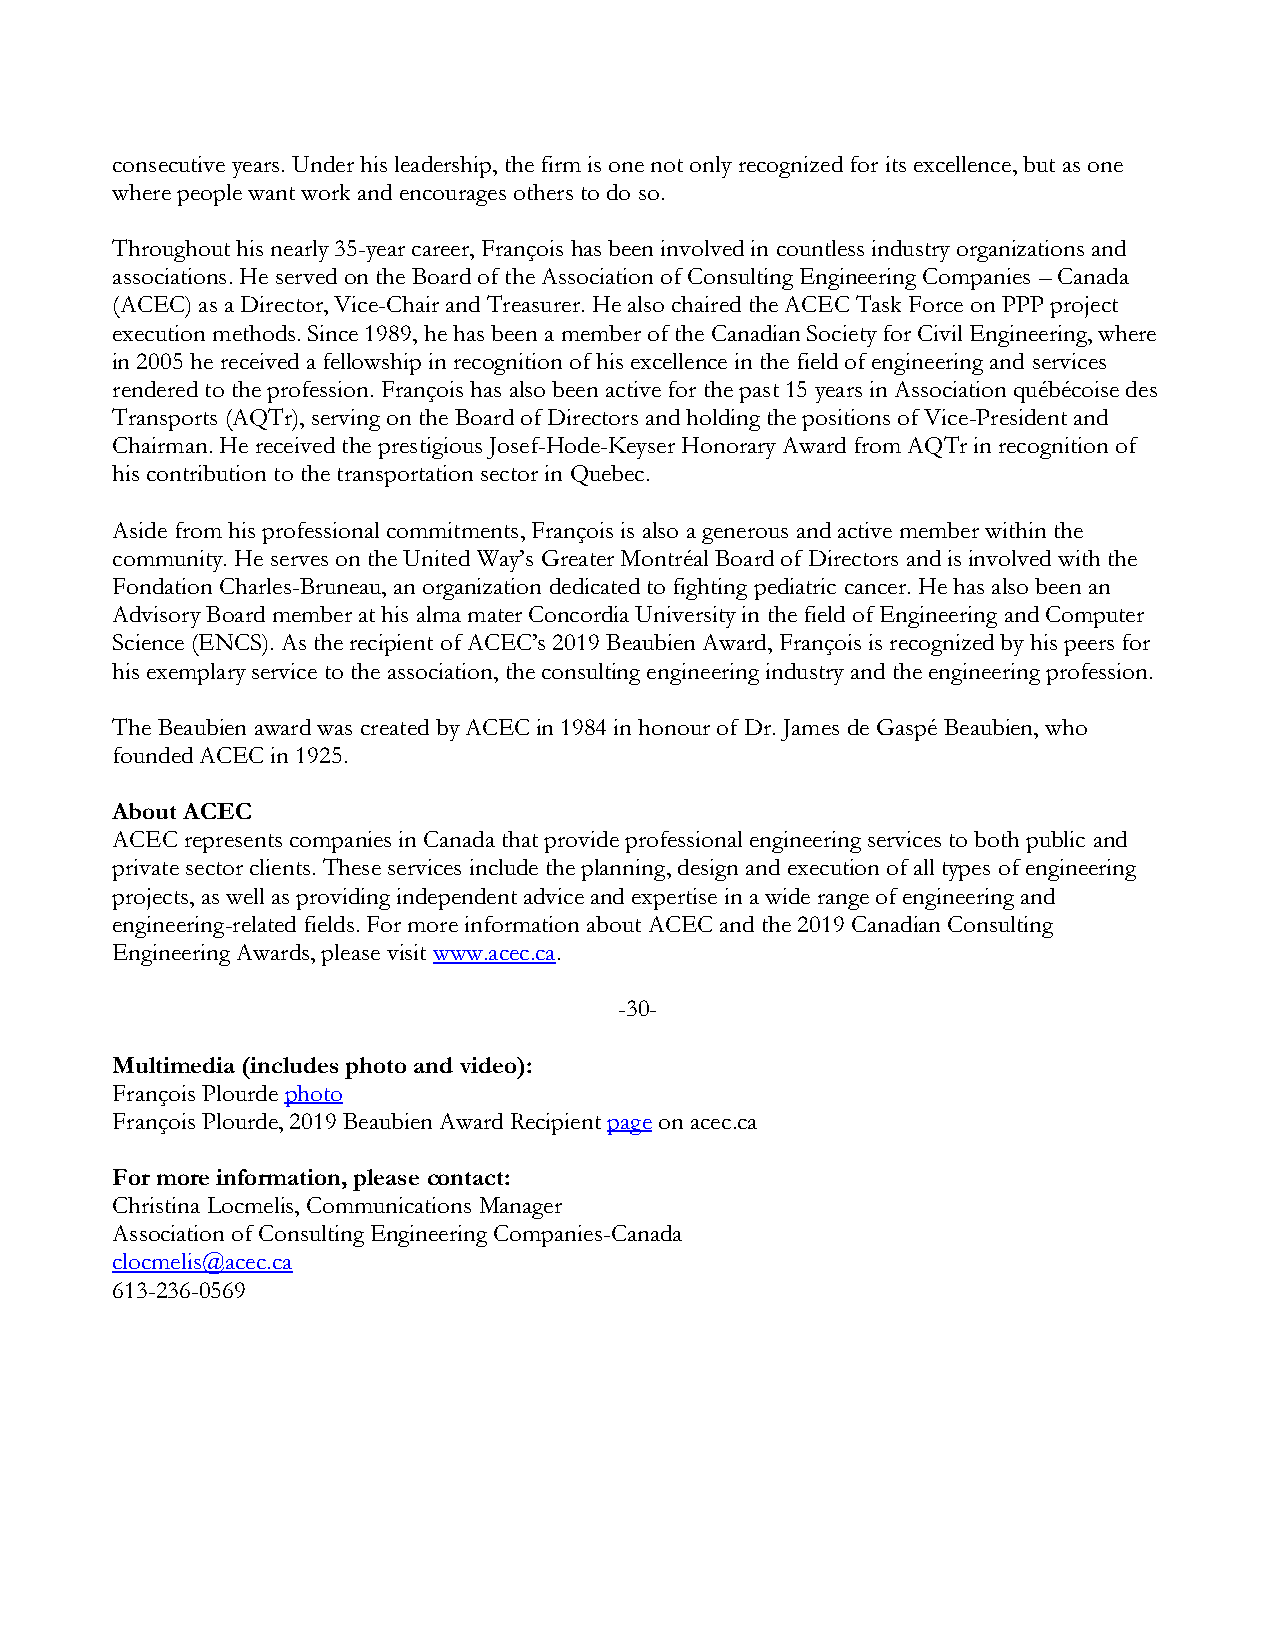
consecutive years. Under his leadership, the firm is one not only recognized for its excellence, but as one
 where people want work and encourages others to do so.
 Throughout his nearly 35-year career, François has been involved in countless industry organizations and
 associations. He served on the Board of the Association of Consulting Engineering Companies – Canada
 (ACEC) as a Director, Vice-Chair and Treasurer. He also chaired the ACEC Task Force on PPP project
 execution methods. Since 1989, he has been a member of the Canadian Society for Civil Engineering, where
 in 2005 he received a fellowship in recognition of his excellence in the field of engineering and services
 rendered to the profession. François has also been active for the past 15 years in Association québécoise des
 Transports (AQTr), serving on the Board of Directors and holding the positions of Vice-President and
 Chairman. He received the prestigious Josef-Hode-Keyser Honorary Award from AQTr in recognition of
 his contribution to the transportation sector in Quebec.
 Aside from his professional commitments, François is also a generous and active member within the
 community. He serves on the United Way’s Greater Montréal Board of Directors and is involved with the
 Fondation Charles-Bruneau, an organization dedicated to fighting pediatric cancer. He has also been an
 Advisory Board member at his alma mater Concordia University in the field of Engineering and Computer
 Science (ENCS). As the recipient of ACEC’s 2019 Beaubien Award, François is recognized by his peers for
 his exemplary service to the association, the consulting engineering industry and the engineering profession.
 The Beaubien award was created by ACEC in 1984 in honour of Dr. James de Gaspé Beaubien, who
 founded ACEC in 1925.
 About ACEC
 ACEC represents companies in Canada that provide professional engineering services to both public and
 private sector clients. These services include the planning, design and execution of all types of engineering
 projects, as well as providing independent advice and expertise in a wide range of engineering and
 engineering-related fields. For more information about ACEC and the 2019 Canadian Consulting
 Engineering Awards, please visit www.acec.ca.
 -30-
 Multimedia (includes photo and video):
 François Plourde photo
 François Plourde, 2019 Beaubien Award Recipient page on acec.ca
 For more information, please contact:
 Christina Locmelis, Communications Manager
 Association of Consulting Engineering Companies-Canada
 clocmelis@acec.ca
 613-236-0569